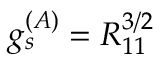
g _ { s } ^ { ( A ) } = R _ { 1 1 } ^ { 3 / 2 }